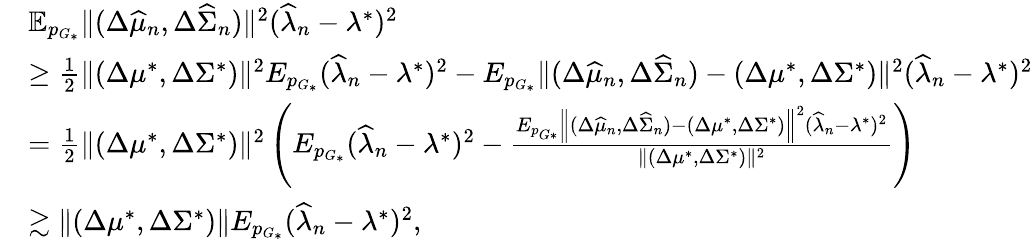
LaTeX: \begin{array}{rl}&{\mathbb{E}_{p_{G_{*}}}\| (\Delta\widehat{\mu}_{n},\Delta\widehat{\Sigma}_{n})\| ^{2}(\widehat{\lambda}_{n}-\lambda^{*})^{2}}\\ &{\geq\frac{1}{2}\| (\Delta\mu^{*},\Delta\Sigma^{*})\| ^{2}E_{p_{G_{*}}}(\widehat{\lambda}_{n}-\lambda^{*})^{2}-E_{p_{G_{*}}}\| (\Delta\widehat{\mu}_{n},\Delta\widehat{\Sigma}_{n})-(\Delta\mu^{*},\Delta\Sigma^{*})\| ^{2}(\widehat{\lambda}_{n}-\lambda^{*})^{2}}\\ &{=\frac{1}{2}\| (\Delta\mu^{*},\Delta\Sigma^{*})\| ^{2}\left(E_{p_{G_{*}}}(\widehat{\lambda}_{n}-\lambda^{*})^{2}-\frac{E_{p_{G*}}\left\| (\Delta\widehat{\mu}_{n},\Delta\widehat{\Sigma}_{n})-(\Delta\mu^{*},\Delta\Sigma^{*})\right\| ^{2}(\widehat{\lambda}_{n}-\lambda^{*})^{2}}{\| (\Delta\mu^{*},\Delta\Sigma^{*})\| ^{2}}\right)}\\ &{\gtrsim\| (\Delta\mu^{*},\Delta\Sigma^{*})\| E_{p_{G_{*}}}(\widehat{\lambda}_{n}-\lambda^{*})^{2},}\end{array}